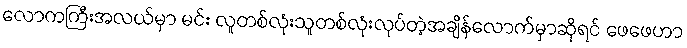
လောကကြီးအလယ်မှာ မင်း လူတစ်လုံးသူတစ်လုံးလုပ်တဲ့အချိန်လောက်မှာဆိုရင် ဖေဖေဟာ